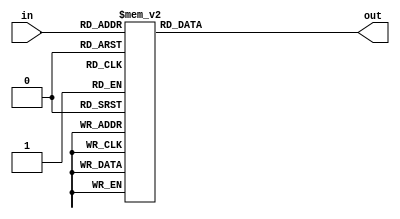
module sbox5(in,out);
input [4:0]in;
output [1:0]out;
reg [1:0]out;

always @(in)
        case (in)          // synthesis full_case
        5'h00:out=2'h2;
        5'h01:out=2'h0;
        5'h02:out=2'h0;
        5'h03:out=2'h1;
        5'h04:out=2'h3;
        5'h05:out=2'h2;
        5'h06:out=2'h3;
        5'h07:out=2'h2;
        5'h08:out=2'h0;
        5'h09:out=2'h1;
        5'h0a:out=2'h3;
        5'h0b:out=2'h3;
        5'h0c:out=2'h1;
        5'h0d:out=2'h0;
        5'h0e:out=2'h2;
        5'h0f:out=2'h1;
        5'h10:out=2'h2;
        5'h11:out=2'h3;
        5'h12:out=2'h2;
        5'h13:out=2'h0;
        5'h14:out=2'h0;
        5'h15:out=2'h3;
        5'h16:out=2'h1;
        5'h17:out=2'h1;
        5'h18:out=2'h1;
        5'h19:out=2'h0;
        5'h1a:out=2'h3;
        5'h1b:out=2'h2;
        5'h1c:out=2'h3;
        5'h1d:out=2'h1;
        5'h1e:out=2'h0;
        5'h1f:out=2'h2;
        endcase
endmodule